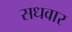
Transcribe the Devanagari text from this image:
सधवार